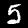
Digit: 5